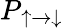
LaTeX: P_{\uparrow\to\downarrow}